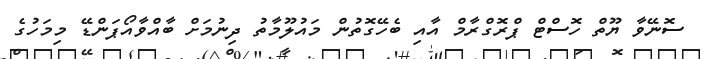
ސޮނޭވާ ޔޫތް ހޮސްޓް ޕްރޮގްރާމް އާއި ބެހޭގޮތުން މައުލޫމާތު ދިނުމަށް ބާއްވާއޯޕަންޑޭ މިމަހުގެ